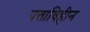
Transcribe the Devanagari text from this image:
पत्ताविहीन